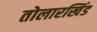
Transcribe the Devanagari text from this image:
तोलारखिंड